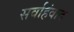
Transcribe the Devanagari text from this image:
सर्वाहंवाद